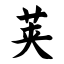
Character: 荚